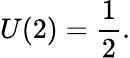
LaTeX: U(2)={\frac{1}{2}}.